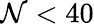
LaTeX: \mathcal{N}<40